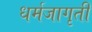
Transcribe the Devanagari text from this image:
धर्मजागृती